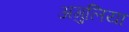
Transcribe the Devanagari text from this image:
अगुलिया